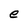
Character: e